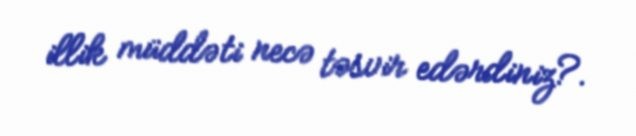
illik müddəti necə təsvir edərdiniz?.